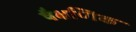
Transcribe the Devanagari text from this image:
षैक्षणिक